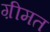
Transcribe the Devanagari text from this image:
ग़ीमत